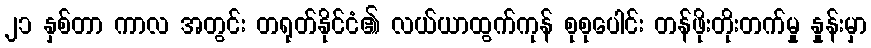
၂၁ နှစ်တာ ကာလ အတွင်း တရုတ်နိုင်ငံ၏ လယ်ယာထွက်ကုန် စုစုပေါင်း တန်ဖိုးတိုးတက်မှု နှုန်းမှာ